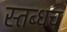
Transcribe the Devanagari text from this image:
स्तब्धच